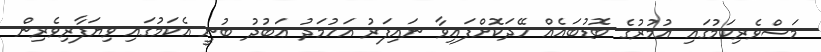
މަސްވެރިކަމުގައި އުމުރުގެ ބޮޑުބައެއް ހޭދަކޮށްފައިވާ ނައިފަރު އަހުމަދު ޢަބުދު ބުނީ އެކަމުގައި ވިޔަފާރިވެރިން